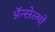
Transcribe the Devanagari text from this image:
ॲन्सेल्मो